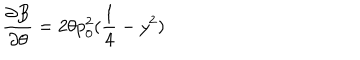
LaTeX: \frac { \partial B } { \partial \theta } = 2 \theta p _ { 0 } ^ { 2 } ( \frac { 1 } { 4 } - y ^ { 2 } )